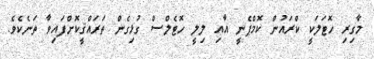
މާގިރި ހޮޓަލަކީ ކްރައުން ކޮމްޕެނީ އާއި ލިލީ ހޮޓެލްސް ގުޅިގެން ތަރައްޤީކޮށްފައިވާ ތަނެކެވެ.